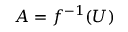
A = f ^ { - 1 } ( U )